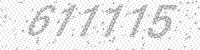
Solution: 611115